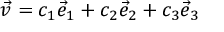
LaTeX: { \vec { v } } = c _ { 1 } { \vec { e } } _ { 1 } + c _ { 2 } { \vec { e } } _ { 2 } + c _ { 3 } { \vec { e } } _ { 3 }